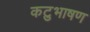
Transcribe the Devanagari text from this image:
कटुभाषण